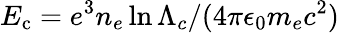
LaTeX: E_{\mathrm{c}}=e^{3}n_{e}\ln\Lambda_{c}/(4\pi\epsilon_{0}m_{e}c^{2})